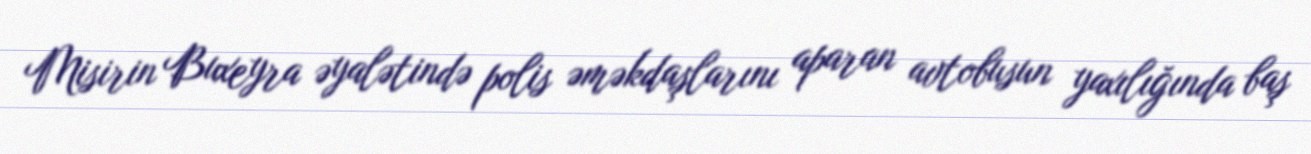
Misirin Buxeyra əyalətində polis əməkdaşlarını aparan avtobusun yaxılığında baş